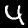
Digit: 4